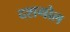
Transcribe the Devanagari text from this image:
दशगोल